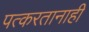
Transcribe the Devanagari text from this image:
पत्करतानाही